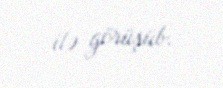
ilə görüşüb.